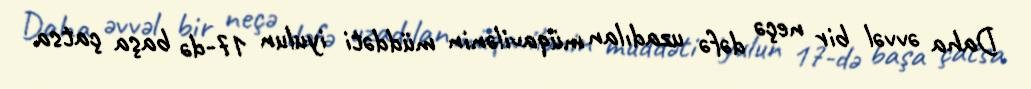
Daha əvvəl bir neçə dəfə uzadılan müqavilənin müddəti iyulun 17-də başa çatsa